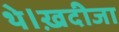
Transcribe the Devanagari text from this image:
थे।ख़दीजा